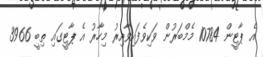
އެ ޕާޓީން 10784 މެމްބަރުން ވަކިވެފައިވާއިރު މިހާރު އެ ޕާޓީގައި ތިބީ 3966